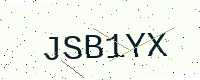
Text: JSB1YX